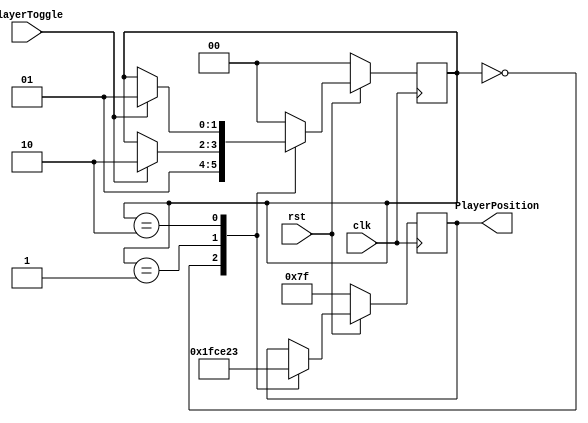
// PlayerPosition.v
// Sets and toggles the player position based on a single pulse input
// Default is TOP position.

module PlayerPosition(PlayerToggle, PlayerPosition, clk, rst);
  
  input PlayerToggle, clk, rst;
  output [6:0] PlayerPosition;

  reg [6:0]PlayerPosition;
  reg [1:0] State;

  parameter INIT = 0, TOP = 1, BOTTOM = 2;

  always@(posedge clk) begin
    if (rst == 1'b0) begin
      PlayerPosition <= 7'b1111111;
      State <= INIT;
    end
    else begin
      case(State)
        INIT: begin
          PlayerPosition <= 7'b1111111;
          State <= TOP;
        end

        TOP: begin
          PlayerPosition <= 7'b0011100;
          if (PlayerToggle == 1'b1) begin
            State <= BOTTOM;
          end
        end

        BOTTOM: begin
          PlayerPosition <= 7'b0100011;
          if (PlayerToggle == 1'b1) begin
            State <= TOP;
          end
        end
        
        default: begin
          State <= INIT;
        end

      endcase
    end
  end
endmodule